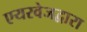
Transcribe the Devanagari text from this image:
एयरवेजद्वारा